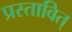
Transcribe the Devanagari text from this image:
प्रस्तावित्